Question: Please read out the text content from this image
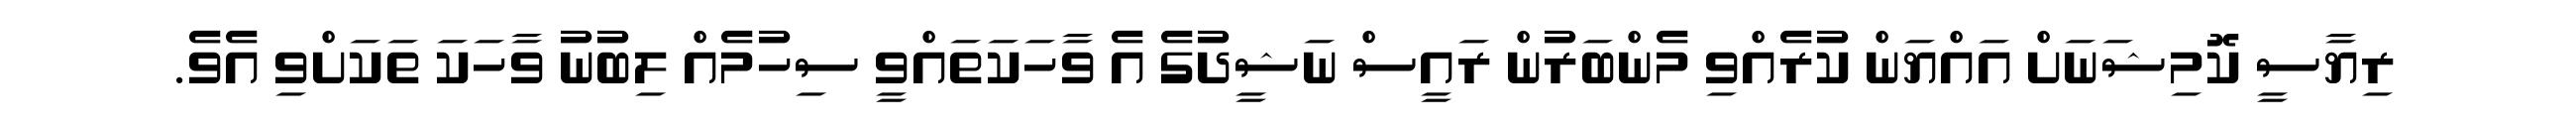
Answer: ރިޔާސީ ކޮމިޝަނަށް އައްޔަން ކުރެއްވި މެންބަރުން ރައީސް ނަޝީދުގެ އެ ވާހަކަތައްވީ ސިހުމެއް ލިބުނު ވާހަކަ ތަކަށްވި އެވެ.